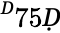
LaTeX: ^Ḋ75Ḍ